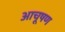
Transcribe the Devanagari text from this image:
आचूषण